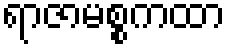
ရာဇာမစ္စကထာ